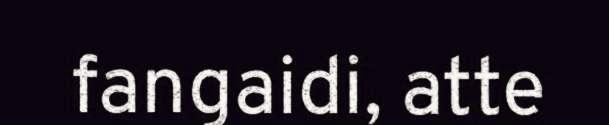
fangaidi, atte